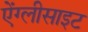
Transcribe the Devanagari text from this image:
ऐंग्लीसाइट